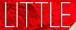
LITTLE